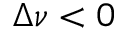
\Delta \nu < 0